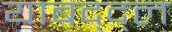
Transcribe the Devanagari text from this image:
याबद्द्ल